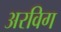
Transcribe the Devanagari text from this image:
अरविग